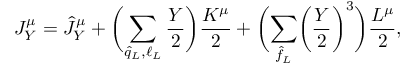
J _ { Y } ^ { \mu } = \hat { J } _ { Y } ^ { \mu } + \biggl ( \sum _ { \hat { q } _ { L } , \ell _ { L } } \frac { Y } { 2 } \biggr ) \frac { K ^ { \mu } } { 2 } + \biggl ( \sum _ { \hat { f } _ { L } } \biggl ( \frac { Y } { 2 } \biggr ) ^ { 3 } \biggr ) \frac { L ^ { \mu } } { 2 } ,